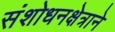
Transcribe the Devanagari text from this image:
संशोधनक्षेत्राने